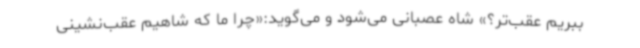
ببریم عقب‌تر؟» شاه عصبانی می‌شود و می‌گوید:«چرا ما که شاهیم عقب‌نشینی